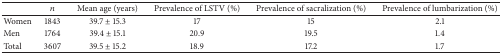
|  | n | Mean age (years) | Prevalence of LSTV (%) | Prevalence of sacralization (%) | Prevalence of lumbarization (%) |
 | --- | --- | --- | --- | --- | --- |
 | Women | 1843 | 39.7 ± 15.3 | 17 | 15 | 2.1 |
 | Men | 1764 | 39.4 ± 15.1 | 20.9 | 19.5 | 1.4 |
 | Total | 3607 | 39.5 ± 15.2 | 18.9 | 17.2 | 1.7 |